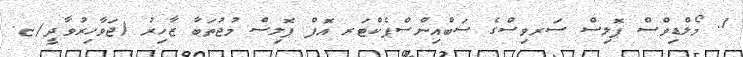
1. މޯލްޑިވްސް ޕޮލިސް ސަރވިސްގެ ސަބްއިންސްޕެކްޓަރ އޮފް ޕޮލިސް މުޖުތަބާ ޒާހިރު (ޖަވާހިރުވާދީ/ޏ.